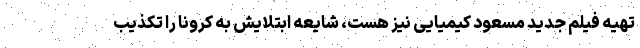
تهیه‌ فیلم جدید مسعود کیمیایی نیز هست، شایعه ابتلایش به کرونا را تکذیب